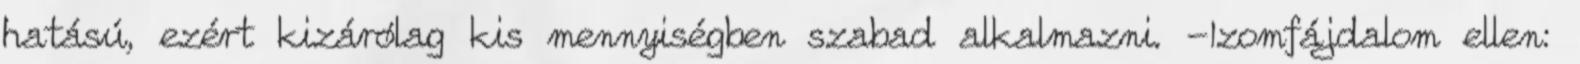
hatású, ezért kizárólag kis mennyiségben szabad alkalmazni. -Izomfájdalom ellen: